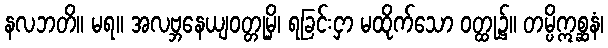
နလဘတိ။ မရ။ အလဗ္ဘနေယျဝတ္တုမှိ၊ ရခြင်းငှာ မထိုက်သော ဝတ္ထု၌။ တမ္ပိဣစ္ဆနံ၊